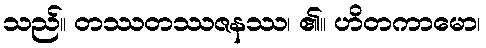
သည်။ တဿတဿဇနဿ၊ ၏။ ဟိတကာမော၊